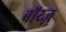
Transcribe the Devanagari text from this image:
बॉय्ज़